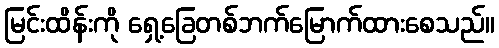
မြင်းထိန်းကို ရှေ့ခြေတစ်ဘက်မြောက်ထားစေသည်။